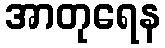
အာတုရေန